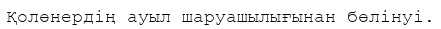
Қолөнердің ауыл шаруашылығынан бөлінуі.